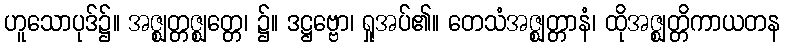
ဟူသောပုဒ်၌။ အဇ္ဈတ္တဇ္ဈတ္တေ၊ ၌။ ဒဋ္ဌဗ္ဗော၊ ရှုအပ်၏။ တေသံအဇ္ဈတ္တာနံ၊ ထိုအဇ္ဈတ္တိကာယတန